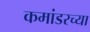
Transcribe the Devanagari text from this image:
कमांडरच्या